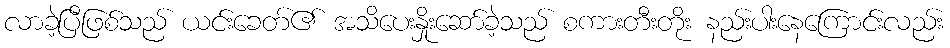
လာခဲ့ပြီဖြစ်သည် ယင်းခေတ်၏ အသိပေးနှိုးဆော်ခဲ့သည် စကားတီးတိုး နည်းပါးနေကြောင်းလည်း